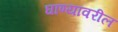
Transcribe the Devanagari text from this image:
घाण्यावरील